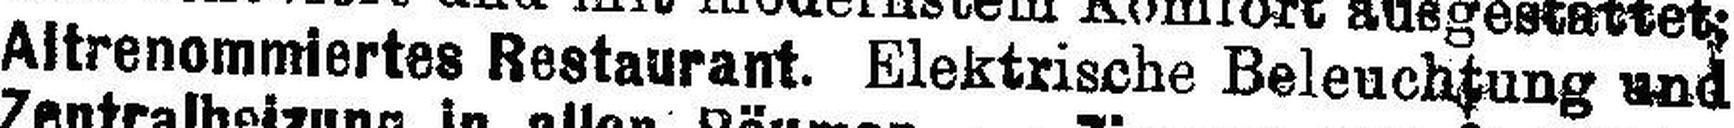
Altrenommiertes Restaurant. Elektrische Beleuchtung und